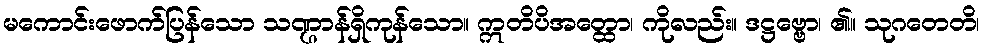
မကောင်းဖောက်ပြန်သော သဏ္ဌာန်ရှိကုန်သော။ ဣတိပိအတ္ထော၊ ကိုလည်း။ ဒဋ္ဌဗ္ဗော၊ ၏။ သုဂတေတိ၊